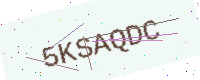
Text: 5KSAQDC